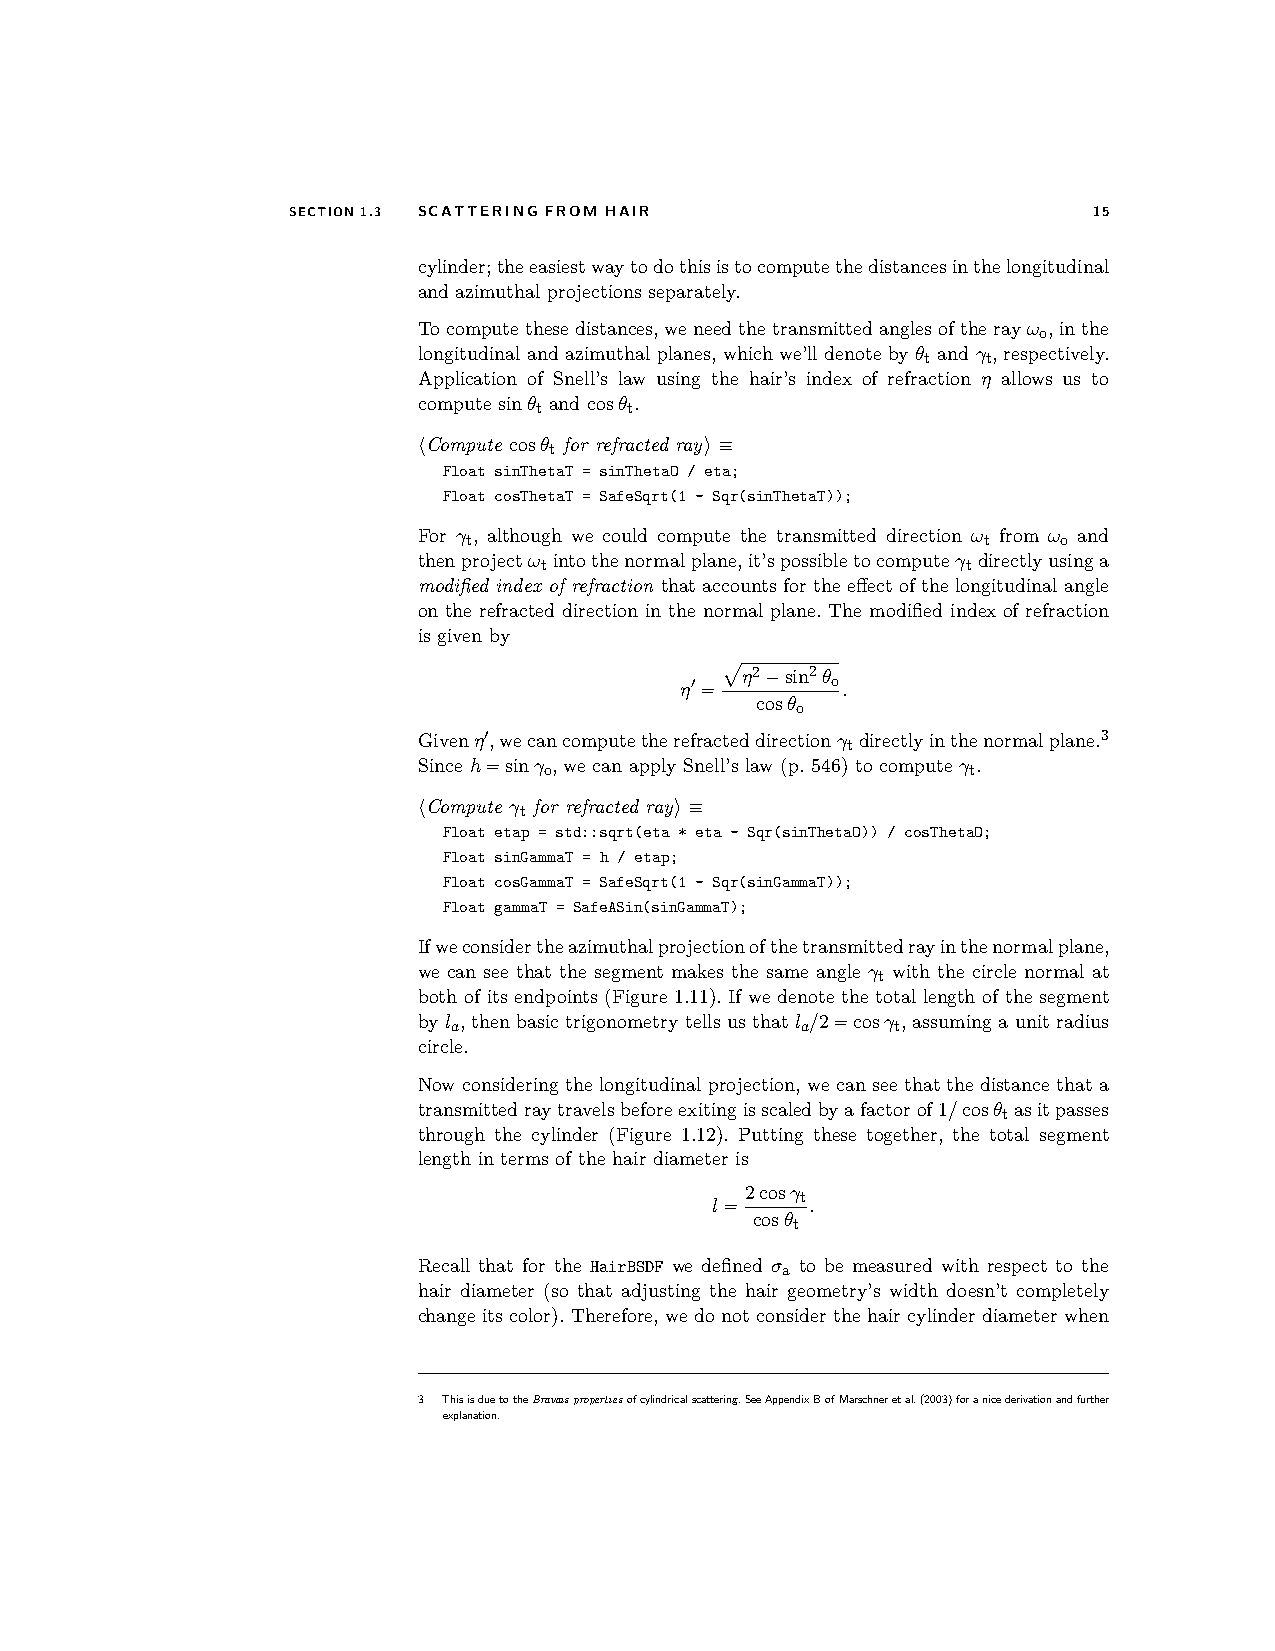
SECTION1.3 SCATTERING FROM HAIR                      15
 cylinder;theeasiestwaytodothisistocomputethedistancesinthelongitudinal
 and azimuthal projections separately.
 Tocomputethesedistances,weneedthetransmittedanglesoftherayωo,inthe
 longitudinal and azimuthal planes, which we’ll denote by θt and γt, respectively.
 Application of Snell’s law using the hair’s index of refraction η allows us to
 compute sinθt and cosθt.
 hCompute cosθt for refracted rayi≡
 Float sinThetaT = sinThetaO / eta;
 Float cosThetaT = SafeSqrt(1 - Sqr(sinThetaT));
 For γt, although we could compute the transmitted direction ωt from ωo and
 thenprojectωtintothenormalplane,it’spossibletocomputeγtdirectlyusinga
 modified index of refraction that accounts for the effect of the longitudinal angle
 on the refracted direction in the normal plane. The modified index of refraction
 is given by
 η′=
 η2−sin2θo
 .
 p cosθo
 Givenη′,wecancomputetherefracteddirectionγtdirectlyinthenormalplane.3
 Since h=sinγo, we can apply Snell’s law (p. 546) to compute γt.
 hCompute γt for refracted rayi≡
 Float etap = std::sqrt(eta * eta - Sqr(sinThetaO)) / cosThetaO;
 Float sinGammaT = h / etap;
 Float cosGammaT = SafeSqrt(1 - Sqr(sinGammaT));
 Float gammaT = SafeASin(sinGammaT);
 Ifweconsidertheazimuthalprojectionofthetransmittedrayinthenormalplane,
 we can see that the segment makes the same angle γt with the circle normal at
 both of its endpoints (Figure 1.11). If we denote the total length of the segment
 by la, then basic trigonometry tells us that la/2=cosγt, assuming a unit radius
 circle.
 Now considering the longitudinal projection, we can see that the distance that a
 transmittedraytravelsbeforeexitingisscaledbyafactorof1/cosθtasitpasses
 through the cylinder (Figure 1.12). Putting these together, the total segment
 length in terms of the hair diameter is
 2cosγt
 l=     .
 cosθt
 Recall that for the HairBSDF we defined σa to be measured with respect to the
 hair diameter (so that adjusting the hair geometry’s width doesn’t completely
 change its color). Therefore, we do not consider the hair cylinder diameter when
 3 ThisisduetotheBravaispropertiesofcylindricalscattering.SeeAppendixBofMarschneretal.(2003)foranicederivationandfurther
 explanation.